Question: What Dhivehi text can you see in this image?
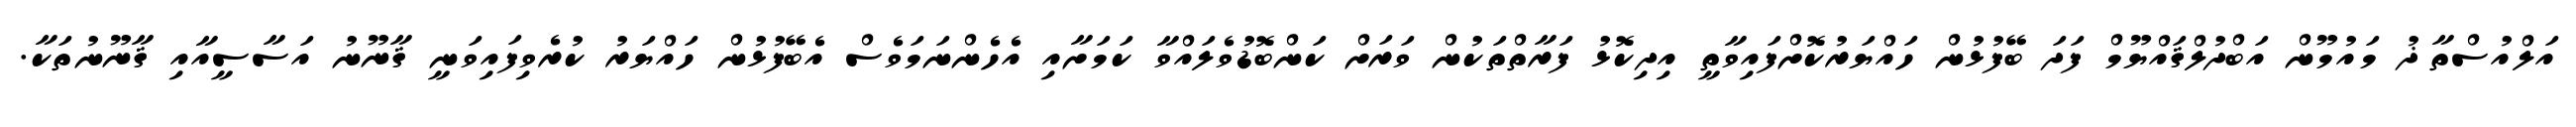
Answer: އަލްއުސްތާޛު މައުމޫން އަބްދުލްޤައްޔޫމް ފަދަ ބޭފުޅުން ހައްޔަރުކޮށްފައިވާތީ އިދިކޮޅު ފަރާތްތަކުން ވަރަށް ކަންބޮޑުވެލައްވާ ކަމަށާއި އެހެންނަމަވެސް އެބޭފުޅުން ހައްޔަރު ކުރެވިފައިވަނީ ޤާނޫނު އަސާސީއާއި ޤާނޫނުތަކާ.